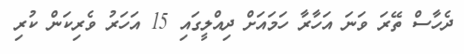
ދެހާސް ތޭރަ ވަނަ އަހާރާ ހަމައަށް ދިއްލީގައި 15 އަހަރު ވެރިކަން ކުރި